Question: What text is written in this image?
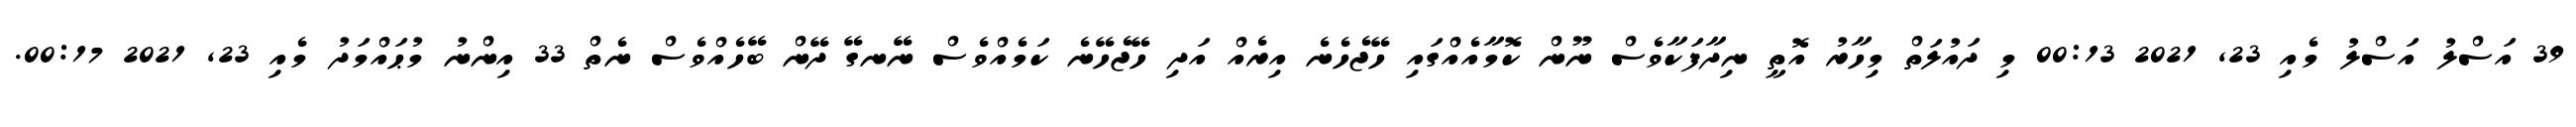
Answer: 39 އަސްލު އަސްލު މެއި 23, 2021 00:13 މި ދައުލަތް މިހާރު އޮތީ ނިދާފަކާވެސް ނޫން ކޮމާއެއްގައި ހޭޖެހެނެ އިރެއް އަދި ހޭޖެހޭނެ ކަމެއްވެސް ނޭނގޭ ދޭން ބޭހެއްވެސް ނެތް 33 އިންނު މުޙައްމަދު މެއި 23, 2021 00:17.